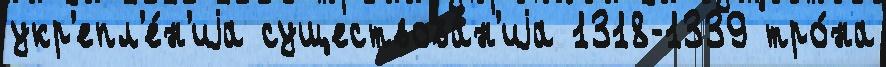
укр'епл'е́н'иjа существова́н'иjа 1318-1339 тро́на